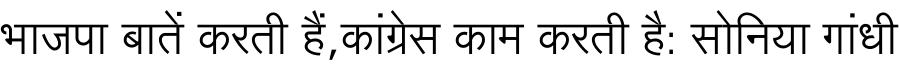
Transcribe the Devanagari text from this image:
भाजपा बातें करती हैं,कांग्रेस काम करती है: सोनिया गांधी